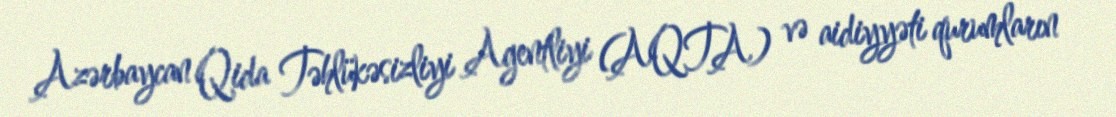
Azərbaycan Qida Təhlükəsizliyi Agentliyi (AQTA) və aidiyyəti qurumların